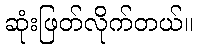
ဆုံးဖြတ်လိုက်တယ်။